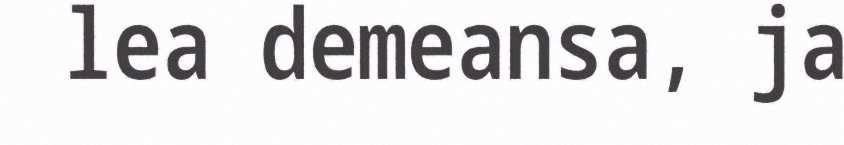
lea demeansa, ja